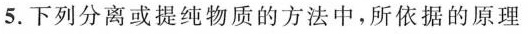
5，下面是分离或提纯物质的方法中，所依据的原理